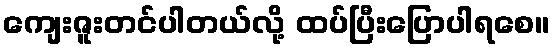
ကျေးဇူးတင်ပါတယ်လို့ ထပ်ပြီးပြောပါရစေ။